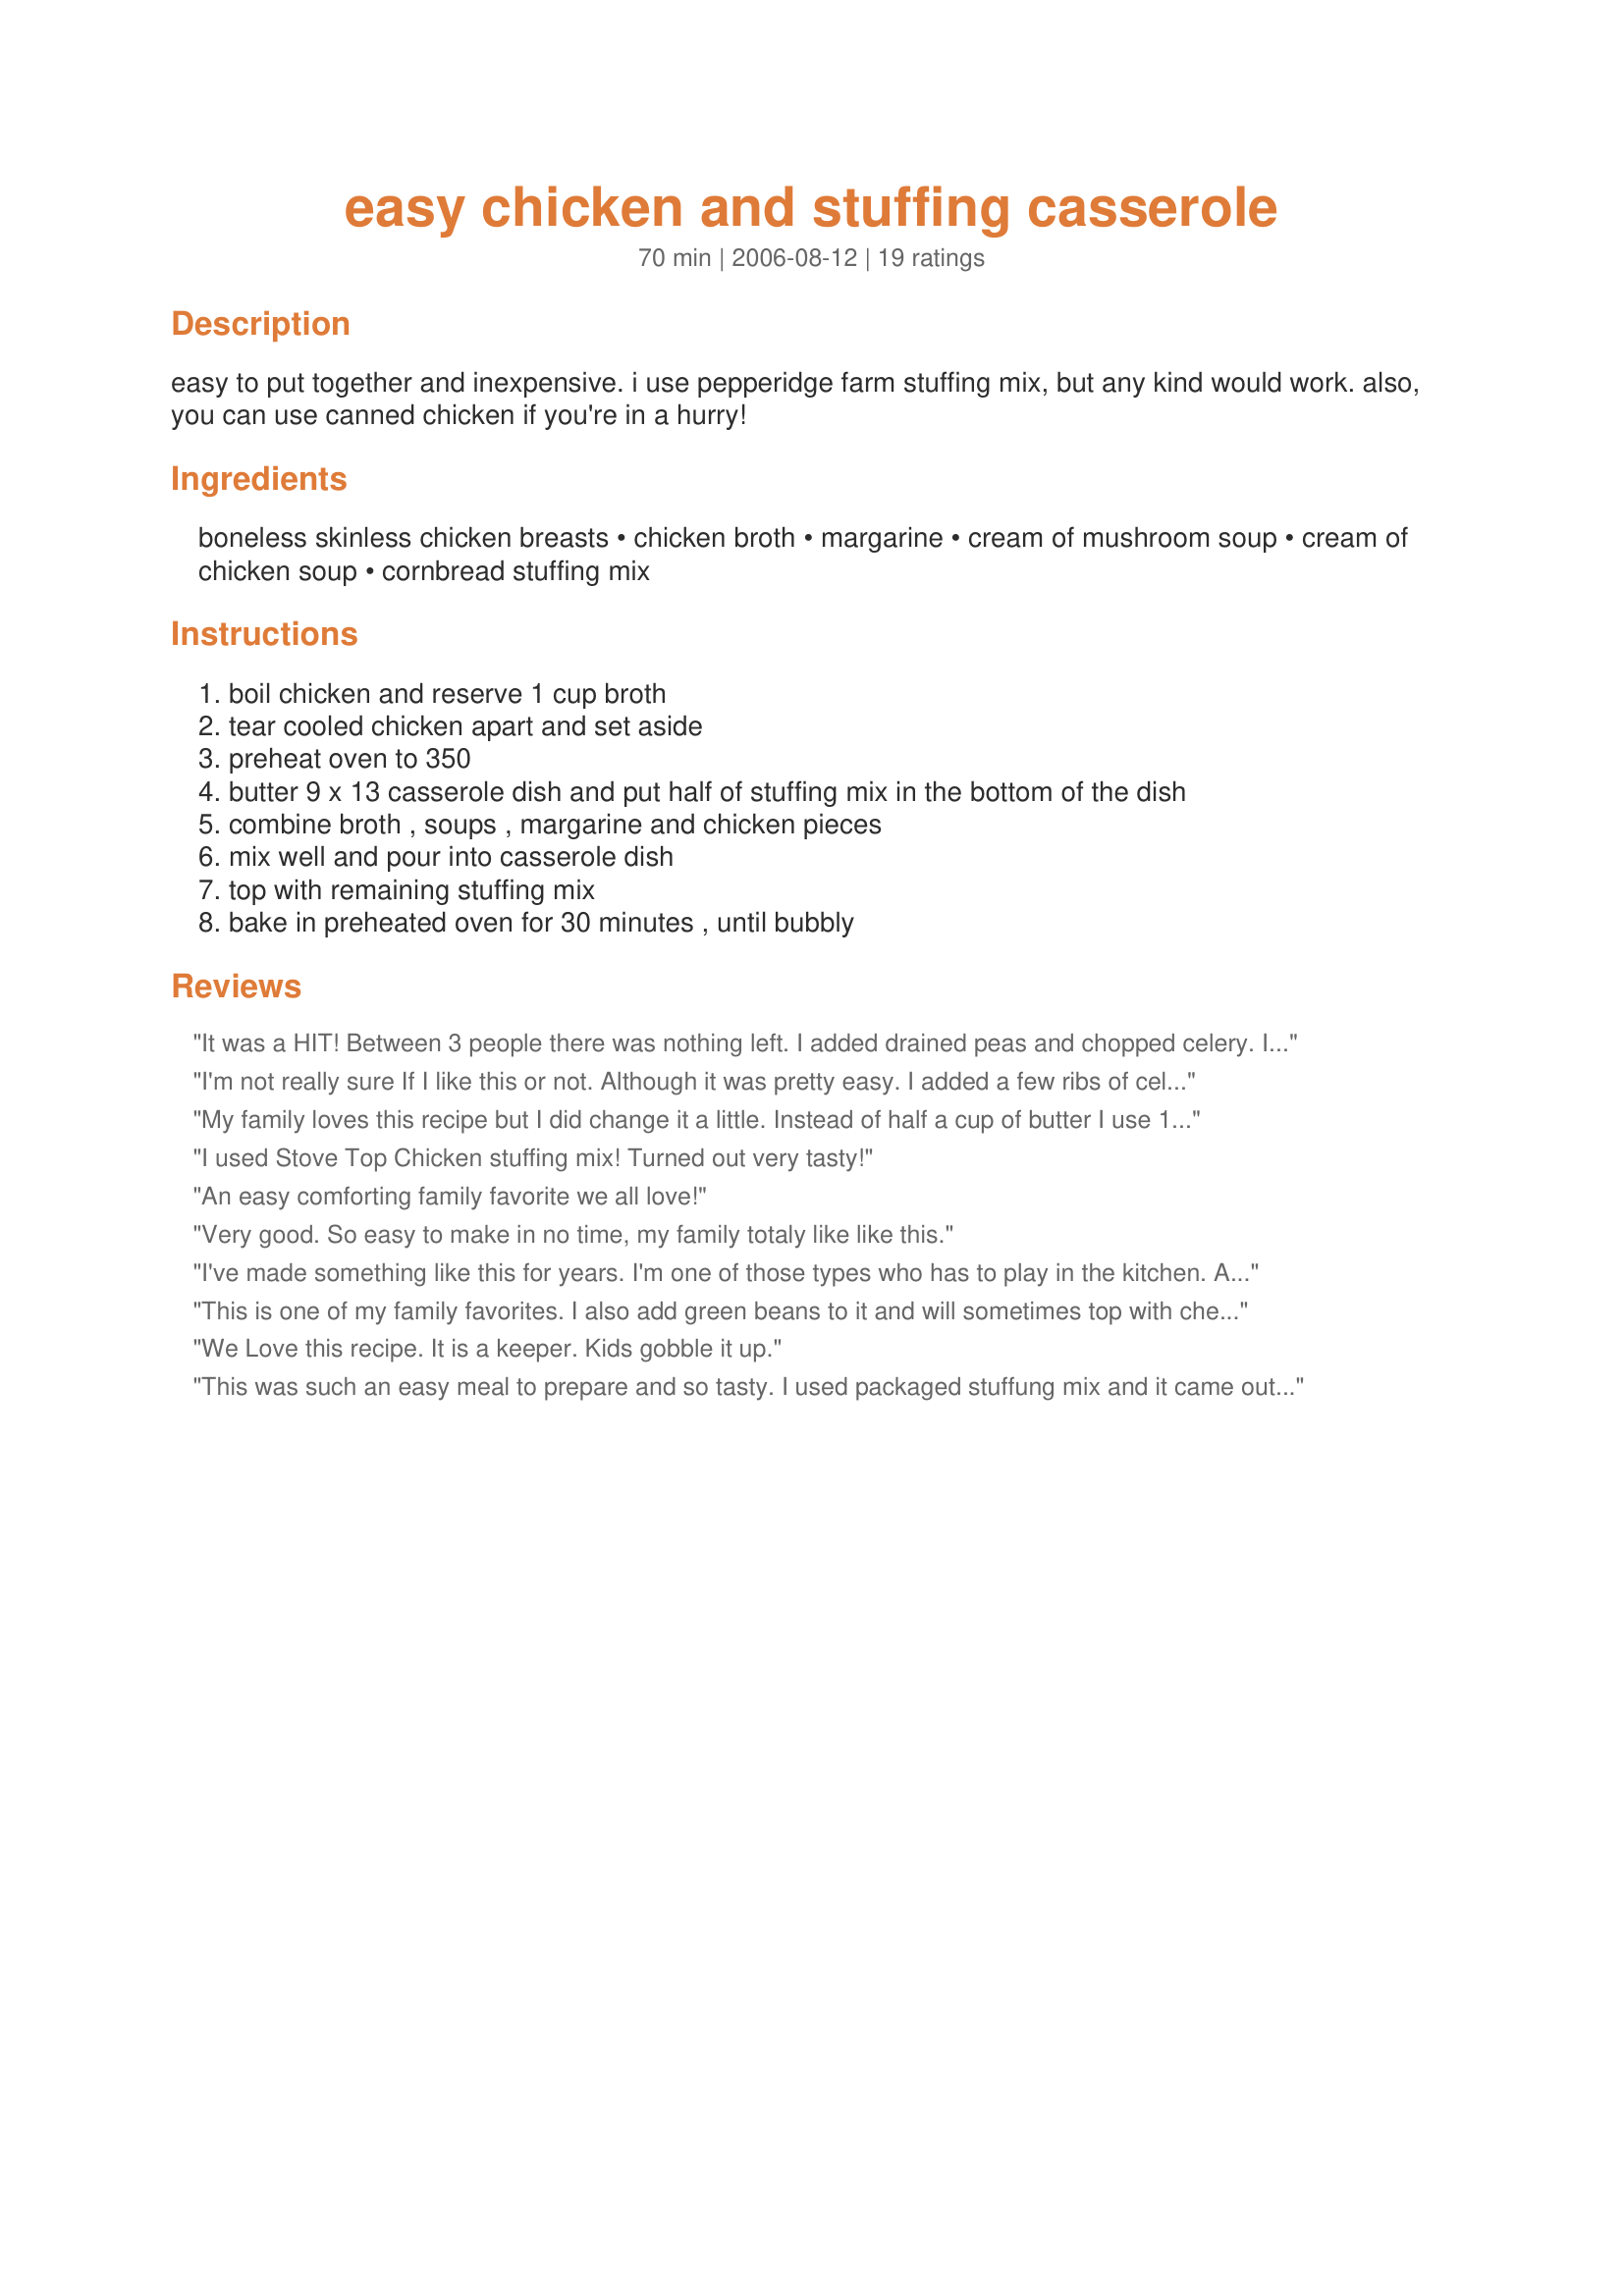
easy chicken and stuffing casserole
Preparation time: 70 minutes

easy to put together and inexpensive. i use pepperidge farm stuffing mix, but any kind would work. also, you can use canned chicken if you're in a hurry!

Ingredients:
boneless skinless chicken breasts, chicken broth, margarine, cream of mushroom soup, cream of chicken soup, cornbread stuffing mix

Steps:
boil chicken and reserve 1 cup broth
tear cooled chicken apart and set aside
preheat oven to 350
butter 9 x 13 casserole dish and put half of stuffing mix in the bottom of the dish
combine broth , soups , margarine and chicken pieces
mix well and pour into casserole dish
top with remaining stuffing mix
bake in preheated oven for 30 minutes , until bubbly

Reviews:
It was a HIT! Between 3 people there was nothing left. I added drained peas and chopped celery. I&#039;m so making this for Thanksgiving but with turkey
I'm not really sure If I like this or not. Although it was pretty easy. I added a few ribs of celery to give it a little texture and crunch and I think if I made it again I'd omit the mushroom soup and add cream of celery instead. And maybe add some chopped onions too. My DH liked it though. I just thought it was a little bland an needed something more to it. I think it's something I could play with though, so Thank You for posting.
My family loves this recipe but I did change it a little. Instead of half a cup of butter I use 1/4 cup and I add 1/2 cup of sour cream. When I boil my chicken I add a couple bullion cubes for flavor, turns out perfect everytime. My son is a very picky eater and he always goes for seconds when I make this!!
I used Stove Top Chicken stuffing mix! Turned out very tasty!
An easy comforting family favorite we all love!
Very good. So easy to make in no time, my family totaly like like this.
I've made something like this for years. I'm one of those types who has to play in the kitchen. As the recipe is written, it's yummy, easy, and inexpensive. I generally don't layer, but mix chicken, soups, and dressing all together, reserving a handful of dressing mix to sprinkle on top for a crunchy addition. This is a great base recipe, because there are unlimited stir-in ideas. My favorite is tossing in some sauteed onion and celery, Swiss cheese, and a splash of white wine.
This is one of my family favorites. I also add green beans to it and will sometimes top with cheese. I have used both Stove Top Chicken and Cornbread Stuffing, depending on what I have on hand.
We Love this recipe. It is a keeper. Kids gobble it up.
This was such an easy meal to prepare and so tasty. I used packaged stuffung mix and it came out wonderful. I made sure to save some for lunch the next day. Thanks for sharing.
I made this using Stove Top chicken stuffing. I boiled my chicken in broth with s and p, onion and garlic. Then I used this broth in the recipe. I had some extra broth so I moistened the stuffing slightly. I also added mixed veggies to make this a one pot meal. I really think the onion and garlic added flavor to the chicken and stuffing. Came out great!!!
I left out the cream of chicken soup and added an extra cup of broth along with some chopped onion and celery. Yum! Thanks for sharing, will make again.
Great recipe. I sub'd with 3 cups herb stuffing in order to cover the bottom of a 6-9" cassarole dish and have enough to cover the top of the chicken mixture, poached two skinless Costco breasts in apple cider, and used the broth from that in the recipe. Served 6 and it was a WOW dinner. Accompanied with a baked acorn squash, and rain outside, just wonderful.
I liked it, but wasn't satisfied with recipe as is. <br/><br/>I tried the Pepridge Farm Stuffing, but did not like the taste. It seemed like it was missing some seasoning.<br/><br/>I then used StoveTop Cornbread Stuffing and it die the trick. <br/><br/>Also, I decided to experiment with the recipe and added a can of drained, sweet peas to the chicken mixture before adding it to the casserole dish. I then sprinkled Lowry's Seasoning Salt over the top of the top layer of stuffing before baking & it was great. Just a suggestion to try next time you make this dish.
This was delicious. I had some leftover chicken already cooked so used that. Dinner was ready in no time at all. Thank you
This was very good! I used less chicken, so I should have decreased the amount of soup and broth I used, but the flavor was very good!
Very easy to make and all 4 of my daughters loved it and gobbled it right up, that doesn&#039;t happen often. One happy Dad here
I added a small bag of frozen mixed veggies, and it was out of this world...absolutely no left overs!
I cooked my chicken in a cast iron pan with some ramen noodle seasoning packet and onion soup mix, added frozen corn and peas and OMG, it was better than a pot pie!
